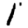
Digit: 1